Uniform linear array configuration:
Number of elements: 4
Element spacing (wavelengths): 1
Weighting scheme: hamming
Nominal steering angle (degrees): -60
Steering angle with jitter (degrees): -61.244
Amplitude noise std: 0.05
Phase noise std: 0.05

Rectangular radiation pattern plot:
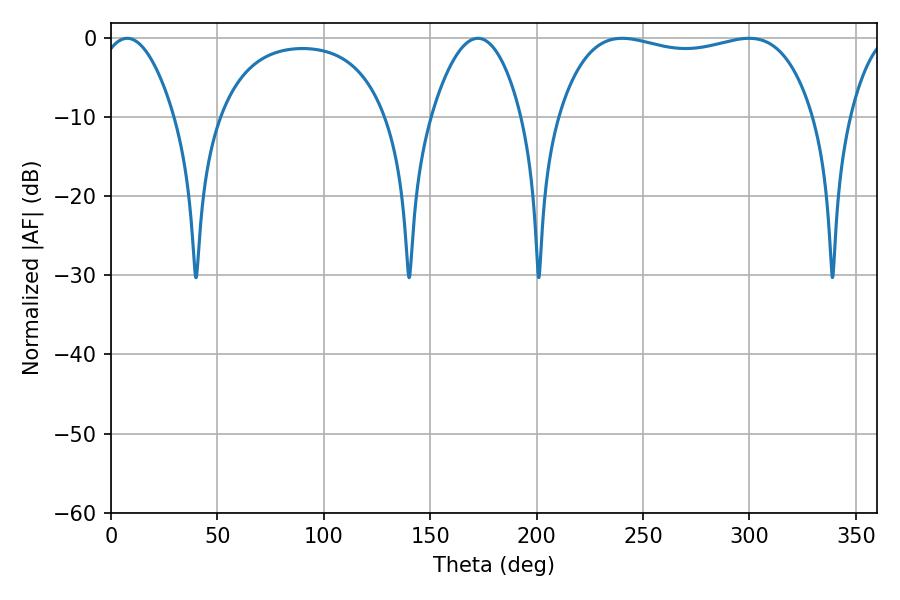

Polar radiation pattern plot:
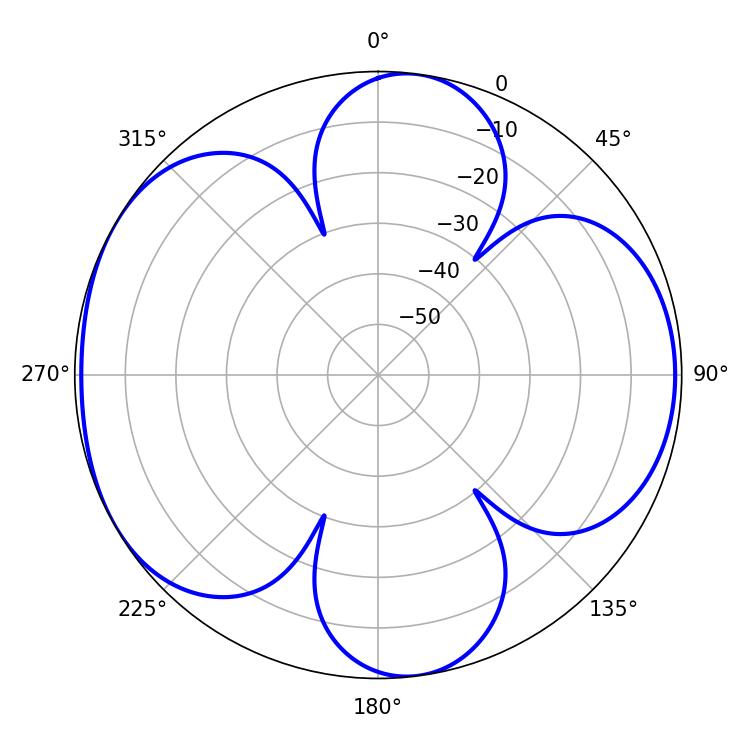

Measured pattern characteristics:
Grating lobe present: TRUE
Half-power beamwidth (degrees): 96.48
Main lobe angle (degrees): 240.12